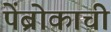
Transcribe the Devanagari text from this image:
पेंब्रोकाची